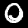
Digit: 0